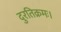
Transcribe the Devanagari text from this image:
दुरतिक्रमः।